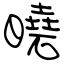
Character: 曉